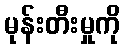
မုန်းတီးမှုကို